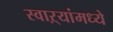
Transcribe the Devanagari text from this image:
स्वाऱ्यांमध्ये